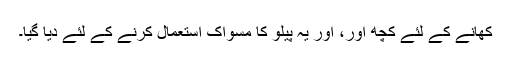
کھانے کے لئے کچھ اور، اور یہ پیلو کا مسواک استعمال کرنے کے لئے دیا گیا۔